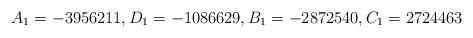
LaTeX: \begin{align*}A_1=-3956211,D_1=-1086629,B_1=-2872540,C_1=2724463\end{align*}